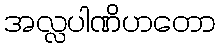
အလ္လပါဏိဟတော